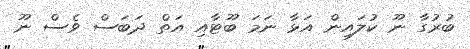
ބުރުގާ ނޫ ކުލައިން އަޅާ ނަމަ ބޫޓާއި އަތް ދަބަސް ވެސް ނޫ